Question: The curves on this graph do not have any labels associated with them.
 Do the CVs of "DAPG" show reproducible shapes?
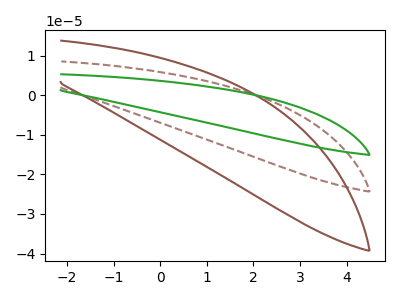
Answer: <think>The brown dashed curve "brown dashed" has no peaks. The brown curve "brown" has no peaks. The green curve "green" has no peaks.
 Neither "brown dashed" or "brown" have any peaks. Neither "brown dashed" or "green" have any peaks. Neither "brown" or "green" have any peaks.</think>
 <answer>All the CV's of "DAPG" have similar shape.</answer>
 <eval>follow_rule</eval>